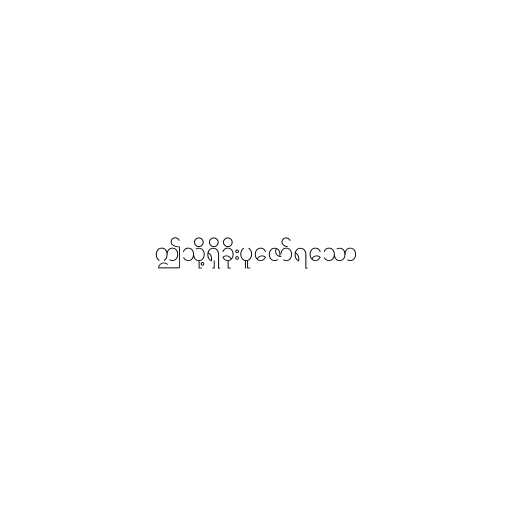
ဤသို့ရှိခိုးပူဇော်ရသော